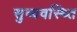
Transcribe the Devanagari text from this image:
सुव्यवस्थ्ति